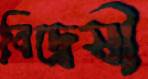
বিদ্বেষী